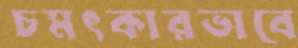
চমৎকারভাবে